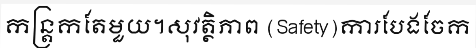
កន្ត្រកតែមួយ។សុវត្ថិភាព (Safety)ការបែងចែក